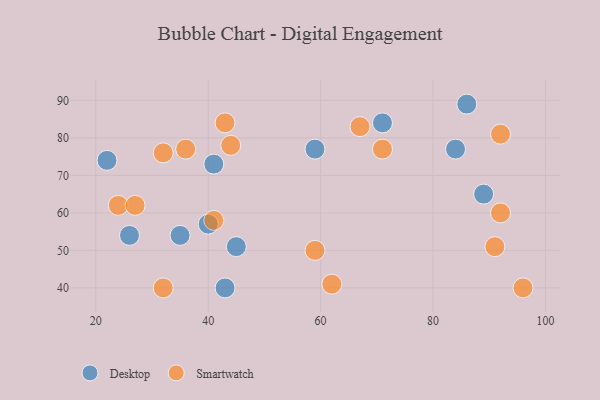
{"axis": {"x": "GDP", "y": "Life Expectancy"}, "legend": ["Desktop", "Smartwatch"], "data": [{"x": "41", "y": 73, "type": "Desktop"}, {"x": "84", "y": 77, "type": "Desktop"}, {"x": "35", "y": 54, "type": "Desktop"}, {"x": "89", "y": 65, "type": "Desktop"}, {"x": "26", "y": 54, "type": "Desktop"}, {"x": "22", "y": 74, "type": "Desktop"}, {"x": "45", "y": 51, "type": "Desktop"}, {"x": "43", "y": 40, "type": "Desktop"}, {"x": "86", "y": 89, "type": "Desktop"}, {"x": "71", "y": 84, "type": "Desktop"}, {"x": "59", "y": 77, "type": "Desktop"}, {"x": "40", "y": 57, "type": "Desktop"}, {"x": "24", "y": 62, "type": "Smartwatch"}, {"x": "96", "y": 40, "type": "Smartwatch"}, {"x": "41", "y": 58, "type": "Smartwatch"}, {"x": "44", "y": 78, "type": "Smartwatch"}, {"x": "91", "y": 51, "type": "Smartwatch"}, {"x": "92", "y": 81, "type": "Smartwatch"}, {"x": "67", "y": 83, "type": "Smartwatch"}, {"x": "71", "y": 77, "type": "Smartwatch"}, {"x": "32", "y": 40, "type": "Smartwatch"}, {"x": "32", "y": 76, "type": "Smartwatch"}, {"x": "36", "y": 77, "type": "Smartwatch"}, {"x": "27", "y": 62, "type": "Smartwatch"}, {"x": "43", "y": 84, "type": "Smartwatch"}, {"x": "62", "y": 41, "type": "Smartwatch"}, {"x": "59", "y": 50, "type": "Smartwatch"}, {"x": "92", "y": 60, "type": "Smartwatch"}]}